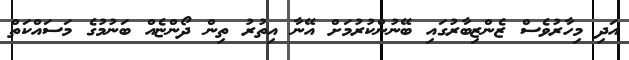
އަދި މިހާރުވެސް ޒެންޒިބާރުގައި ބޭނުންކުރުމަށް އޭނާ އިތުރު ތިން ދޯންޏެއް ބަނުމުގެ މަސައްކަތް